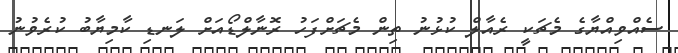
ސެއްވިއްޔާގެ މެޗަކީ ރެއާލް ކުޅުނު ތިން މެޗަށްފަހު ރޮނާލްޑޯއަށް ލަނޑި ކާމިޔާބު ކުރެވުނު